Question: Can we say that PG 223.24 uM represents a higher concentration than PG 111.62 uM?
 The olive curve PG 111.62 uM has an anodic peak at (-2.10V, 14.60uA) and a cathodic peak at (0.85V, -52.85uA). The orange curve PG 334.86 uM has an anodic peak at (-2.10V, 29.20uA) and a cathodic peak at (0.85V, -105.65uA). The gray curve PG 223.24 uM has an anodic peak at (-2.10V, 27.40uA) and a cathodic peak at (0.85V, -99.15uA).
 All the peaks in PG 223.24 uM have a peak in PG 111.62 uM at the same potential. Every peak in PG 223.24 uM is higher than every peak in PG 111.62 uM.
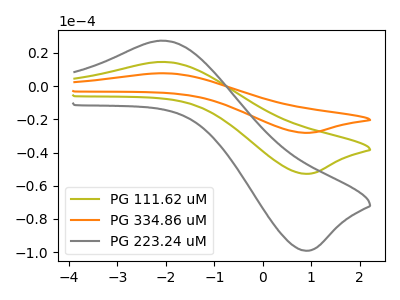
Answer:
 <answer>"PG 223.24 uM" has more signal than "PG 111.62 uM" and so likely has a higher concentration.</answer>
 <eval>more_concentration</eval>